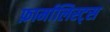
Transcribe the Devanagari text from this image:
फ़ार्मालिस्ट्स